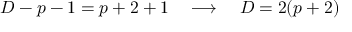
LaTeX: D - p - 1 = p + 2 + 1 \quad \longrightarrow \quad D = 2 ( p + 2 )